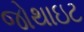
જોથાઇટ